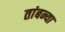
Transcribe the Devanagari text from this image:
तांबन्या